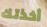
أخذتك